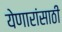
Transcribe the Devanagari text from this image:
येणारांसाठी